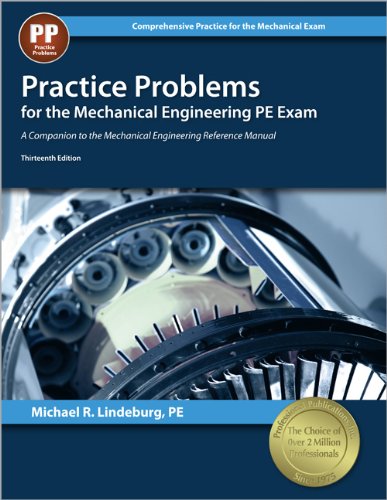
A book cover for Practice Problems for the Mechanical Engineering PE Exam: A Companion to the Mechanical Engineering Reference Manual (Comprehensive Practice for the Mechanical Pe Exam); Michael  R. Lindeburg PE; Test Preparation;